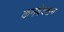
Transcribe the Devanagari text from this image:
कनवेक्शन